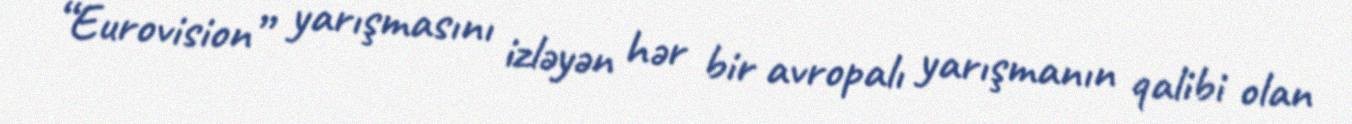
“Eurovision” yarışmasını izləyən hər bir avropalı yarışmanın qalibi olan